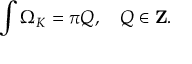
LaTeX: \int \Omega _ { K } = \pi Q , \quad Q \in { \bf Z } .